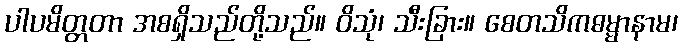
ပါပမိတ္တတာ အစရှိသည်တို့သည်။ ဝိသုံ၊ သီးခြား။ စေတသိကဓမ္မာနာမ၊